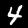
Label: 4